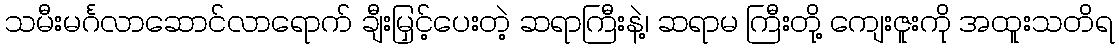
သမီးမင်္ဂလာဆောင်လာရောက် ချီးမြှင့်ပေးတဲ့ ဆရာကြီးနဲ့၊ ဆရာမ ကြီးတို့ ကျေးဇူးကို အထူးသတိရ